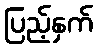
ပြည့်နှက်